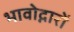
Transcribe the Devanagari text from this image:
भावोद्गारों